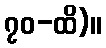
၇၀-ထိ)။